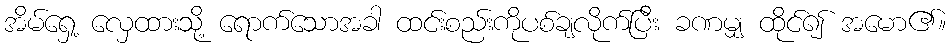
အိမ်ရှေ့ လှေထားသို့ ရောက်သောအခါ ထင်းစည်းကိုပစ်ချလိုက်ပြီး ခဏမျှ ထိုင်၍ အမော၏။